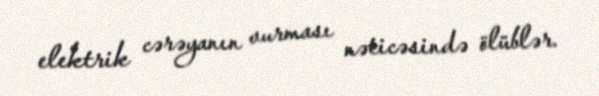
elektrik cərəyanın vurması nəticəsində ölüblər.